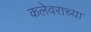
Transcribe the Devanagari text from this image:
कलेवराच्या